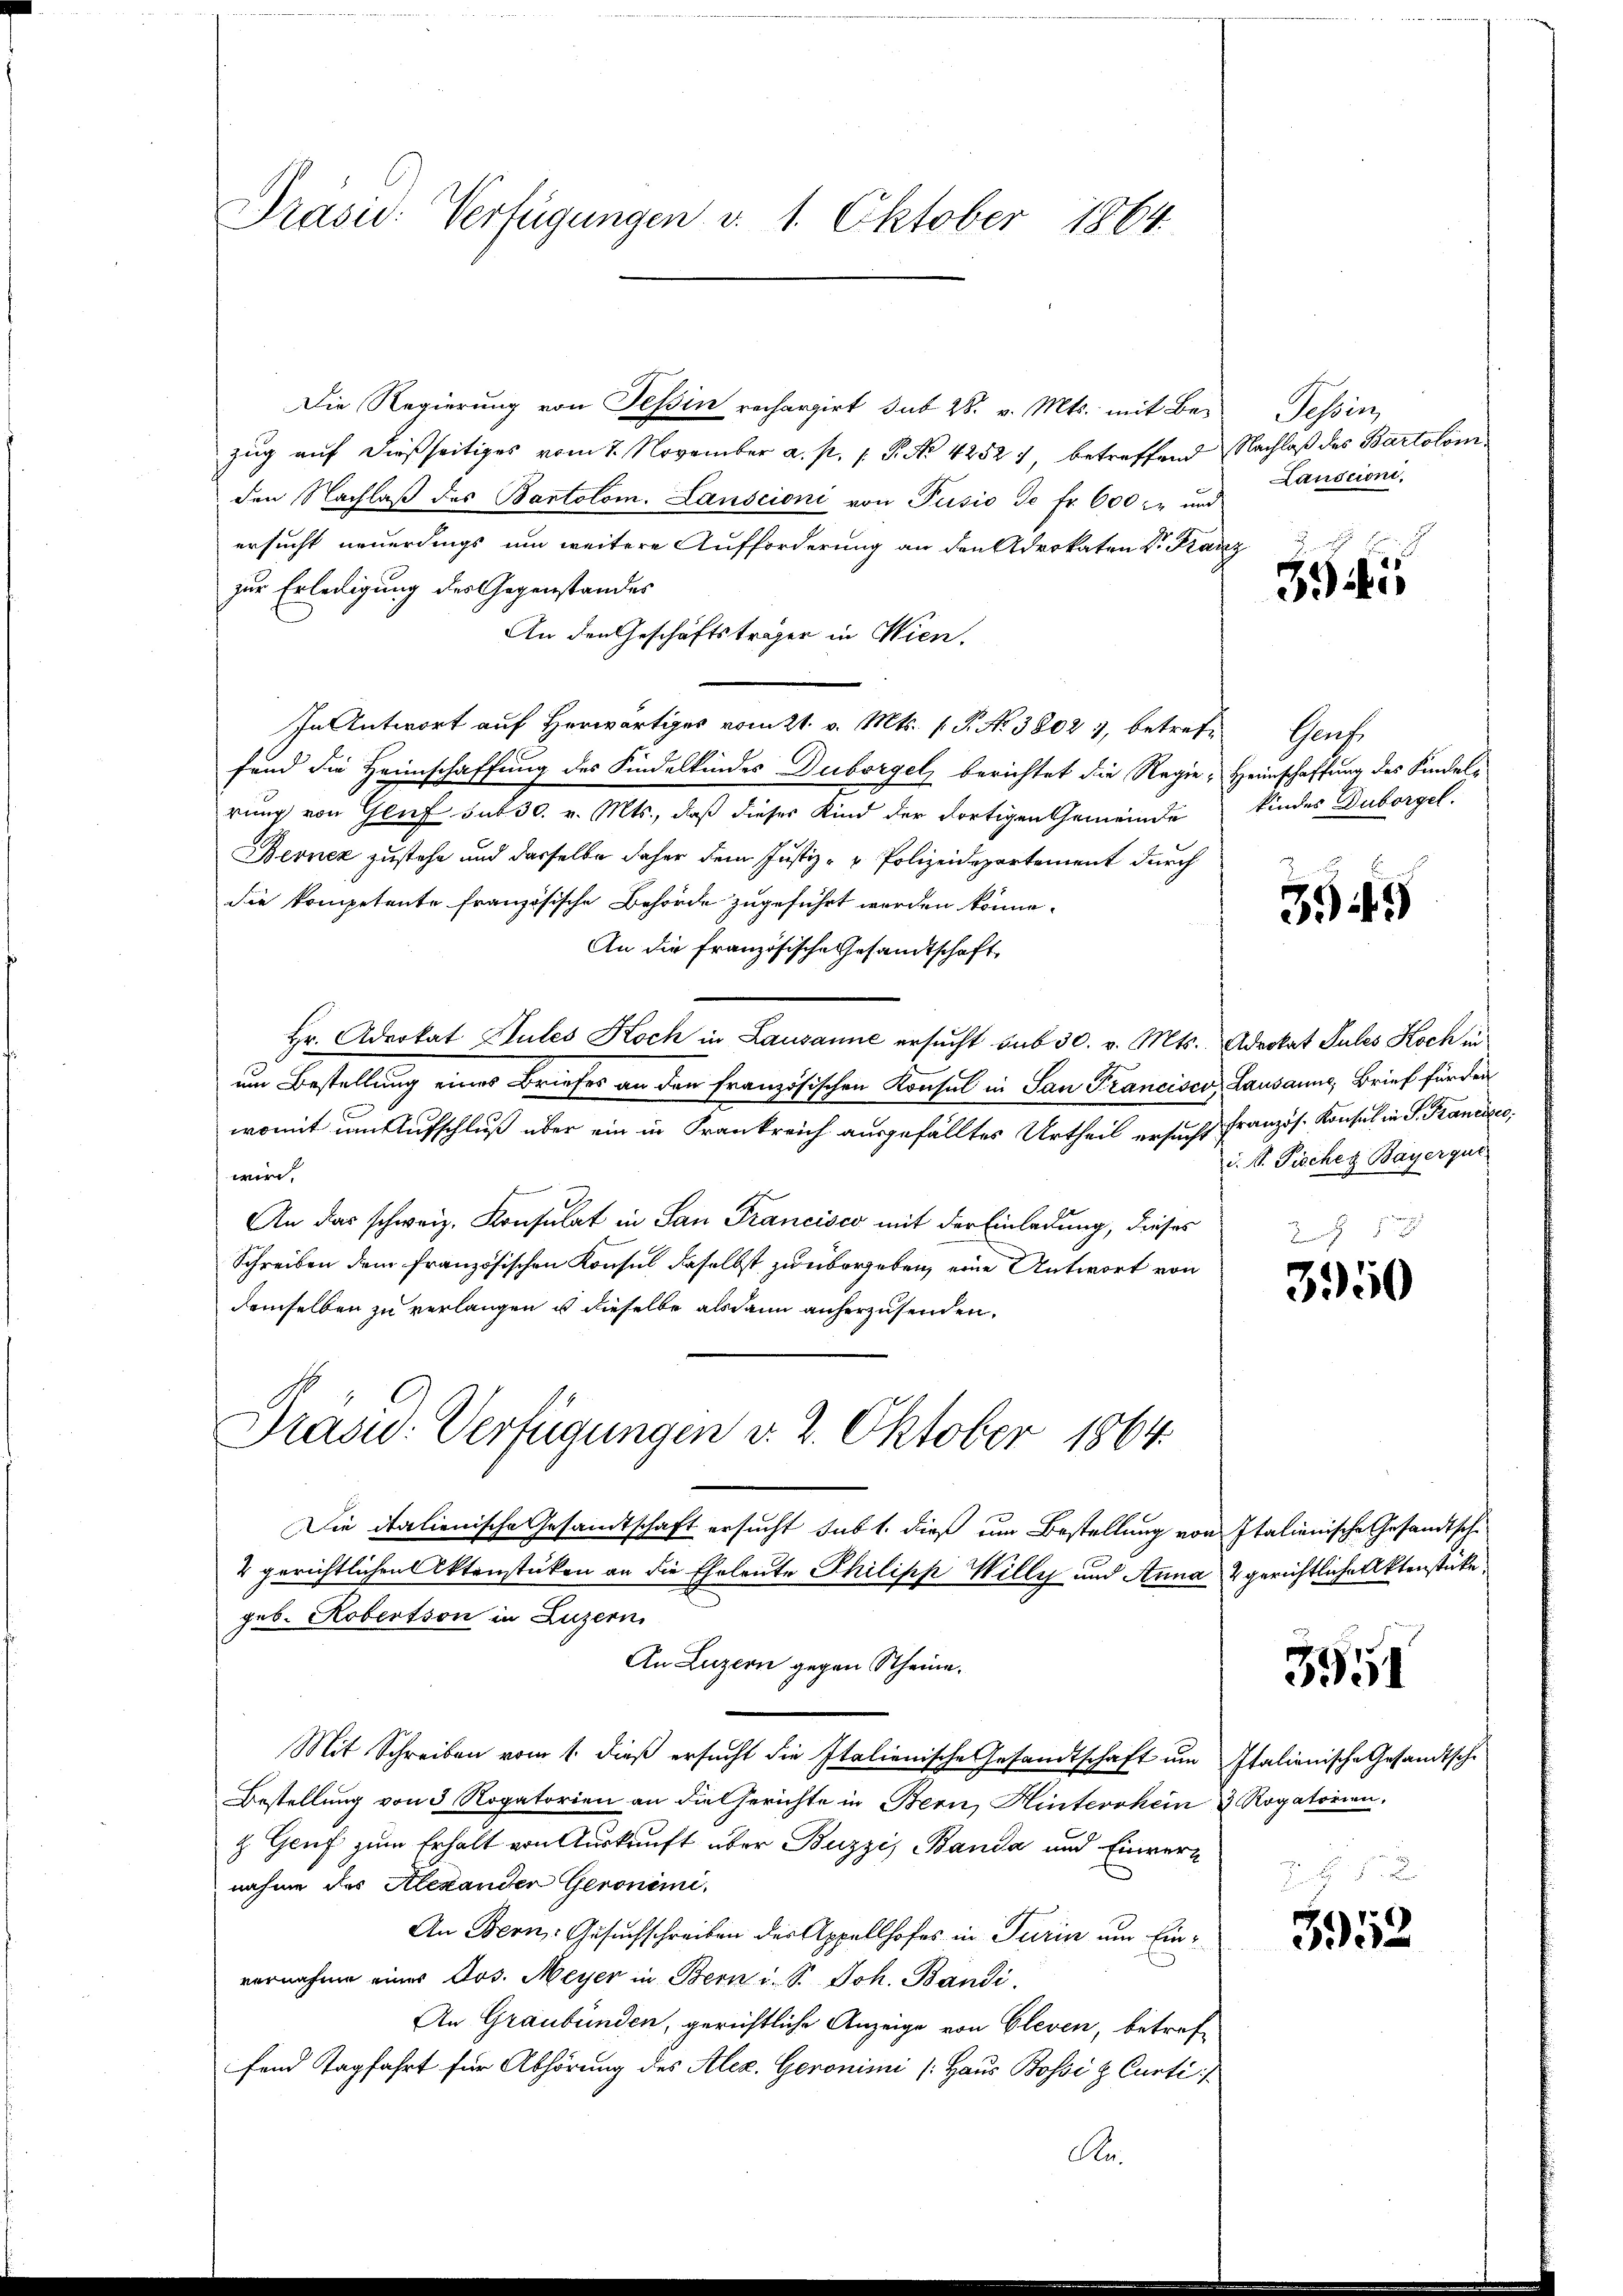
Präsid. Verfügungen v. 1. Oktober 1864.

Die Regierung von Tessin rechargirt, sub 28. v. Mts. mit Bezug auf dießseitiges vom 7. November a. p. 1. P. No 42527, betreffend Nachlaß des Bartolom
den Nachlaβ des Bartolom. Lanscioni von Pusio de fr. 600 zu und
ersucht neuerdings um weitere Aufforderung an den Advokaten Dr. Kanz
zur Erledigung des Gegenstandes
An den Geschäftsträger in Wien.
In Antwort auf herwärtige vom 21. v. Mts. 1. P. Nr. 3802 4, betrete Genf
fund die Heimschaffung des Kindelkindes Duborgel berichtet die Regie-
rung von Glif sub 30. v. Mts., daß dieser Kind der dortigen Gemeinde
Berner zustehe und dasselbe daher dem Justiz- & Polizeidepartement durch
die kompetente französische Behörde zugeführt werden könne.
An die französische Gesandtschaft
Hr. Advokat Stutes Koch in Lausanne ersucht sub 30. v. Mts.
um Bestellung eines Briefes an den Französischen Konsul in San Francisco
womit um Aufschluß über ein in Frankreich ausgefälltes Urtheil ersucht französ. Konsul in P. Franzige,
wird,
An das schweiz. Konsulat in San Francisco mit der Einladung, dieses
Schreiben dem französischen Konsul daselbst zu übergeben, eine Antwort von
demselben zu verlangen u dieselbe alsdann anherzusenden.

Präsid. Verfügungen d. 2. Oktober 1864.

Die italienische Gesamtschaft ersucht subt. dieß um Bestellung von Italienische Gesandtsche
2 gerichtlichen Aktenstüken an die Eheleute Philipp Willy und Anna & gerichtliche Aktenstücke
geb. Kobertson in Luzern,
An Luzern gegen Scheine
Mit Schreiben vom 1. dieß ersucht die Italienische Gesandtschaft um Italionische Gesandtsche
Bestellung von 3 Rogatorien an die Gerichte in Bern, Hinterokein 3 Rogatorien,
H Genf zum Erhalt von Auskunft über Buzzi, Banda und Einvernahme des Alexander Geronimi.
An Bern: Gesuchschreiben der Appellhofes in Turin um Einvernahme eines Jos. Meyer in Bern i. S. Joh. Bandi
An Graubünden, gerichtliche Anzeige von Cleven, betref-
fend Tagfahrt für Abhörung des Alez. Geronimi (Haus Bossi & Curti:/
Re.

Tessin
Laudcioni,

3545

Heimschaffung des Kindelkindes Duborgel.

3549

Advokat Sules Hoch in
Lausanne, Brief für den
d. S. Fisches Bayerqui
Berath

3950

3951

3952